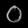
Digit: ၀